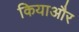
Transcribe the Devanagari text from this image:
कियाऔर